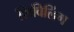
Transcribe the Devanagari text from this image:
शिविलिंग